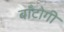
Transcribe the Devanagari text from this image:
बाँटोगी